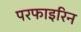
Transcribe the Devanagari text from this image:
परफाइरिन